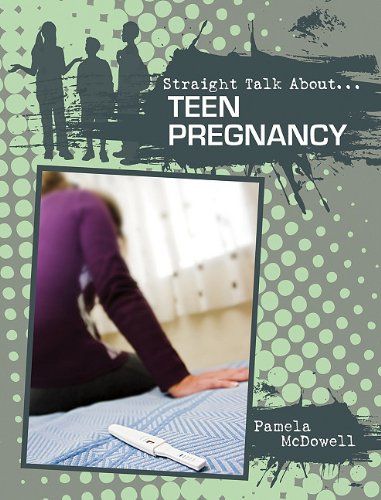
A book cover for Teen Pregnancy (Straight Talk About--); Pamela McDowell; Teen & Young Adult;